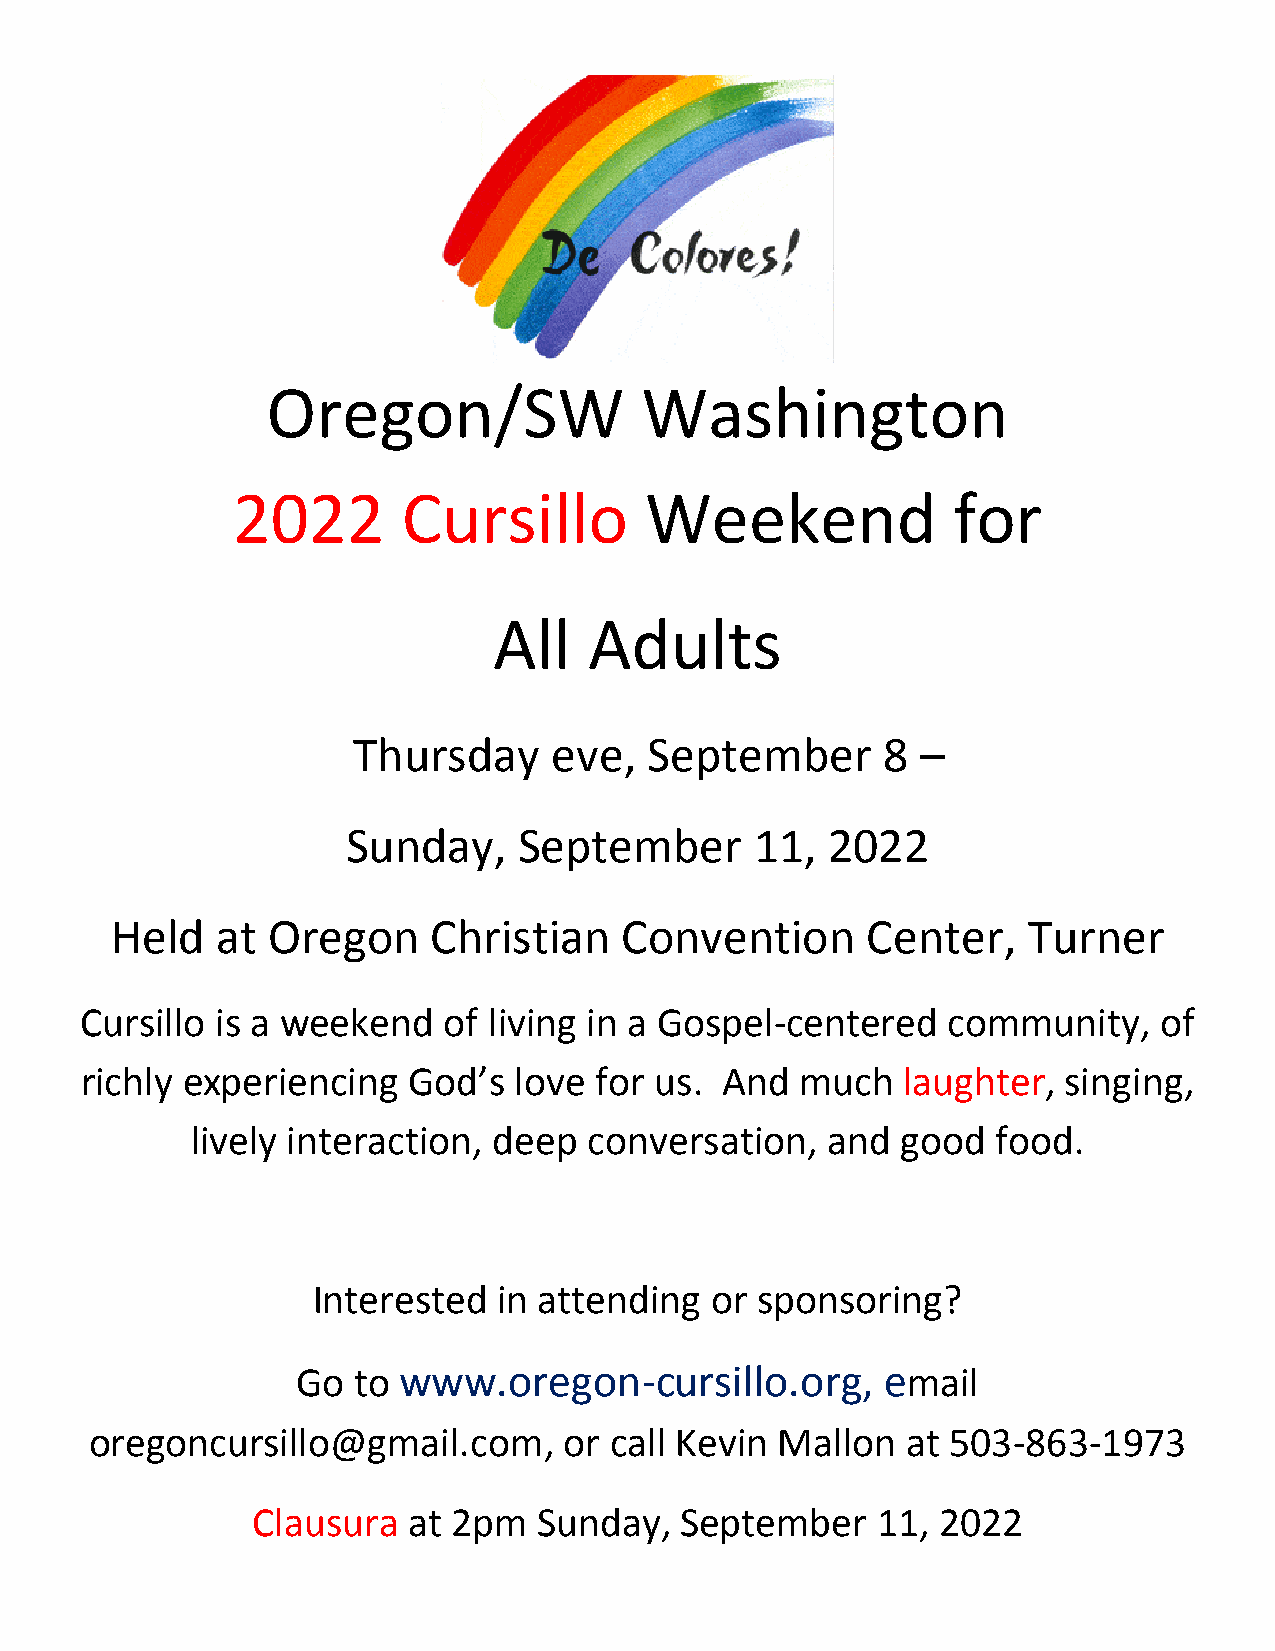
Oregon/SW               Washington
 2022        Cursillo        Weekend             for
 All   Adults
 Thursday     eve,   September      8  –
 Sunday,    September       11,  2022
 Held   at  Oregon     Christian   Convention      Center,    Turner
 Cursillo is a weekend   of living in a Gospel-centered    community,    of
 richly experiencing   God’s  love for us.  And  much   laughter,  singing,
 lively interaction, deep  conversation,   and  good  food.
 Interested  in attending  or sponsoring?
 Go to www.oregon-cursillo.org,         email
 oregoncursillo@gmail.com,      or call Kevin  Mallon  at 503-863-1973
 Clausura  at 2pm   Sunday,  September    11, 2022